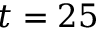
t = 2 5